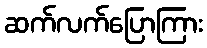
ဆက်လက်ပြောကြား